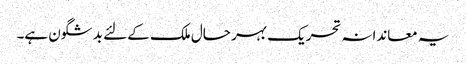
یہ معاندانہ تحریک بہر حال ملک کے لئے بد شگون ہے۔